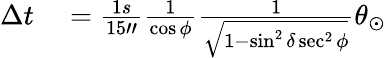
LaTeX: \begin{array}{rl}{\Delta t}&{{}=\frac{1s}{15"}\frac{1}{\cos\phi}\frac{1}{\sqrt{1-\sin^{2}\delta\sec^{2}\phi}}\theta_{\odot}}\end{array}